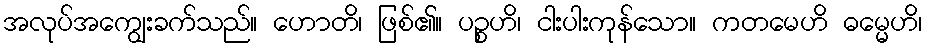
အလုပ်အကျွေးခက်သည်။ ဟောတိ၊ ဖြစ်၏။ ပဉ္စဟိ၊ ငါးပါးကုန်သော။ ကတမေဟိ ဓမ္မေဟိ၊